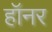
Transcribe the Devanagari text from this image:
हॉनर